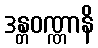
ဒန္တဝဏ္ဏာနိ